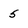
Character: 5